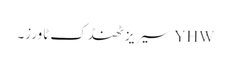
YHW سیریز ٹھنڈک ٹاورز۔